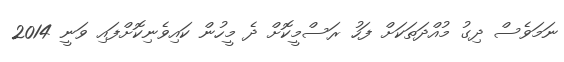
ނަމަވެސް ދިގު މުއްދަތަކަށް ފަހު ރަސްމީކޮށް ދެ މީހުން ކައިވެނިކޮށްފައި ވަނީ 2014